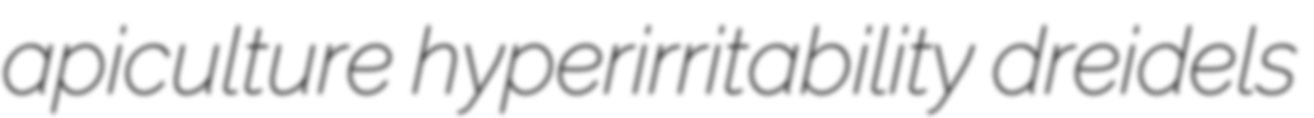
apiculture hyperirritability dreidels